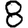
Digit: 8